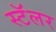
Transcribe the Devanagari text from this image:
स्टॅलर